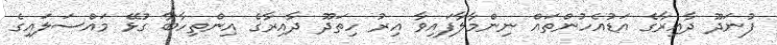
ފުނަދޫ ދާއިރާގެ އަޑުއެހުންތައް ނިންމާލާފައިވާ އިރު ހިތަދޫ ދާއިރާގެ އިންތިހާބާ ގުޅޭ މައްސަލައިގެ